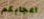
اعجابكم